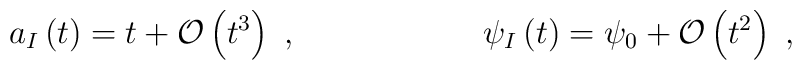
a_{I}\left(t\right)=t+\mathcal{O}\left(t^{3}\right)\ ,\ \ \ \ \ \ \ \ \ \ \ \ \ \ \ \ \ \psi _{I}\left(t\right)=\psi_{0}+\mathcal{O}\left(t^{2}\right)\ ,